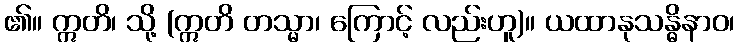
၏။ ဣတိ၊ သို့ (ဣတိ တသ္မာ၊ ကြောင့် လည်းဟူ)။ ယထာနုသန္ဓိနာဝ၊